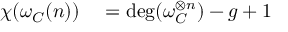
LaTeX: \begin{array} { r l } { \chi ( \omega _ { C } ( n ) ) } & { { } = \deg ( \omega _ { C } ^ { \otimes n } ) - g + 1 } \end{array}